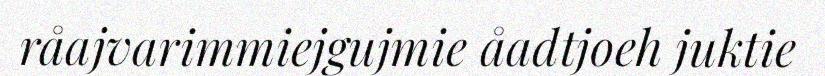
råajvarimmiejgujmie åadtjoeh juktie